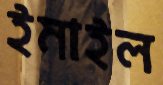
ইমাইল